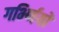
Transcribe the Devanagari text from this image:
गर्भ्णियों